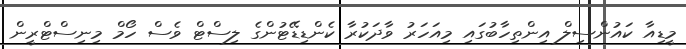
މީޑިއާ ކައުންސިލް އިންތިހާބުގައި މިއަހަރު ވާދަކުރާ ކެންޑިޑޭޓުންގެ ލިސްޓް ވެސް ހޯމް މިނިސްޓްރީން